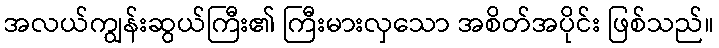
အလယ်ကျွန်းဆွယ်ကြီး၏ ကြီးမားလှသော အစိတ်အပိုင်း ဖြစ်သည်။